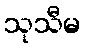
သုသီမ